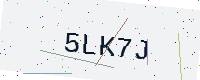
Text: 5LK7J